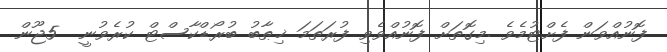
ފޮނުއްވަން ފެށްޓުމެވެ .މިގޮތަށް ފޮނުއްވެވި ފުރަތަމަ ޚިޠާބު ބުރޯޑްކާސްޓް ކުރެވުނީ  5ޖޫން